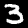
Digit: 3